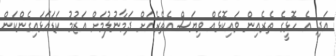
އަދި އެ ހޮޅީގެ ތެރެއިން ވައިކޮޅެއް ވިޔަސް އެތެރެއަށް ދަމާނުލުމަށް އަޒުމު ކަޑައަޅައިގެންކަން